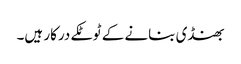
بھنڈی بنانے کے ٹوٹکے درکار ہیں۔